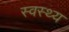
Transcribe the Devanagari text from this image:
स्‍वस्‍थ्‍य